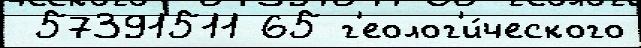
 57391511 65 г'еолог'и́ческого